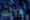
عبثت